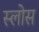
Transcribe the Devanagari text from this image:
स्लोस